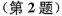
（第2题）